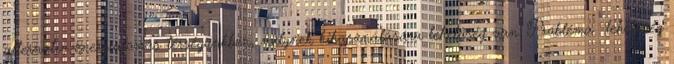
alternatív energiaforrás térségünkben, melynek kihasználására lehetőség van. Probléma lehetőség